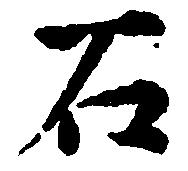
石